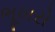
ભૂખરો